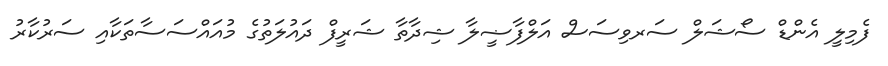
ފެމިލީ އެންޑް ސޯޝަލް ސަރވިސަސް އަލްފާޟީލާ ޝިދާތާ ޝަރީފް ދައުލަތުގެ މުއައްސަސާތަކާއި ސަރުކާރު